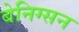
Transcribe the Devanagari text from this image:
बेनिग्सन